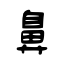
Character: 鼻